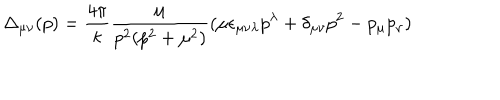
\Delta _ { \mu \nu } ( p ) = \frac { 4 \pi } { \kappa } \frac { \mu } { p ^ { 2 } ( p ^ { 2 } + \mu ^ { 2 } ) } ( \mu \epsilon _ { \mu \nu \lambda } p ^ { \lambda } + \delta _ { \mu \nu } p ^ { 2 } - p _ { \mu } p _ { \nu } )